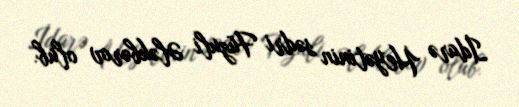
İdarə Heyətinin sədri Füzuli Ələkbərov olub.